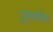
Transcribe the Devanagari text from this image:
दुसर्यांना